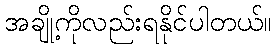
အချို့ကိုလည်းရနိုင်ပါတယ်။